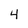
Character: 4